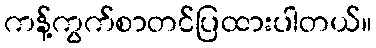
ကန့်ကွက်စာတင်ပြထားပါတယ်။